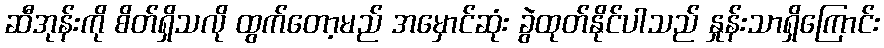
ဆီအုန်းကို စိတ်ရှိသလို ထွက်တော့မည် အမှောင်ဆုံး ခွဲထုတ်နိုင်ပါသည် နှုန်းသာရှိကြောင်း